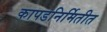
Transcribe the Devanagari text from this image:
कापडनिर्मितीत